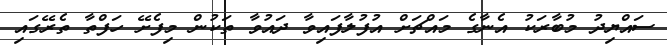
ސައްޔިދު މުބާރަކު އެނާގެ މައްޗަށް އުފުލާފައިވާ ދައުވާ ތަކުން މިފެށޭ ހަފްތާ ތެރޭގައި